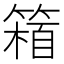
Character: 𥲴